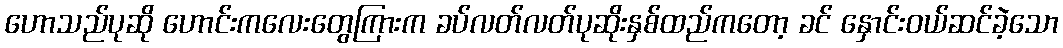
ဟောသည်ပုဆို ဟောင်းကလေးတွေကြားက ခပ်လတ်လတ်ပုဆိုးနှစ်ထည်ကတော့ ခင် နှောင်းဝယ်ဆင်ခဲ့သော